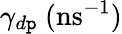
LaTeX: \gamma_{d\mathtt{p}}~(\textrm{{ns}}^{-1})